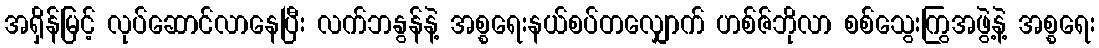
အရှိန်မြင့် လုပ်ဆောင်လာနေပြီး လက်ဘနွန်နဲ့ အစ္စရေးနယ်စပ်တလျှောက် ဟစ်ဇ်ဘိုလာ စစ်သွေးကြွအဖွဲ့နဲ့ အစ္စရေး